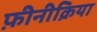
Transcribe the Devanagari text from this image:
फ़ीनीक्रिया